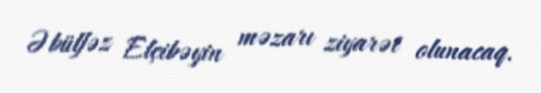
Əbülfəz Elçibəyin məzarı ziyarət olunacaq.